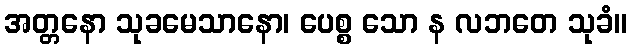
အတ္တနော သုခမေသာနော၊ ပေစ္စ သော န လဘတေ သုခံ။